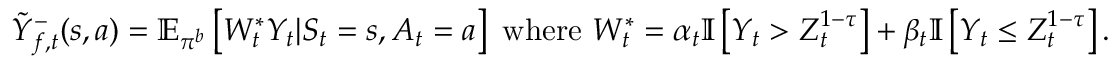
\begin{array} { r } { \tilde { Y } _ { f , t } ^ { - } ( s , a ) = \mathbb { E } _ { \pi ^ { b } } \left[ W _ { t } ^ { * } Y _ { t } | S _ { t } = s , A _ { t } = a \right] \mathrm { ~ w h e r e ~ } W _ { t } ^ { * } = \alpha _ { t } \mathbb { I } \left[ Y _ { t } > Z _ { t } ^ { 1 - \tau } \right] + \beta _ { t } \mathbb { I } \left[ Y _ { t } \leq Z _ { t } ^ { 1 - \tau } \right] . } \end{array}